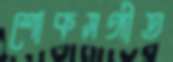
শোকসঙ্গীত